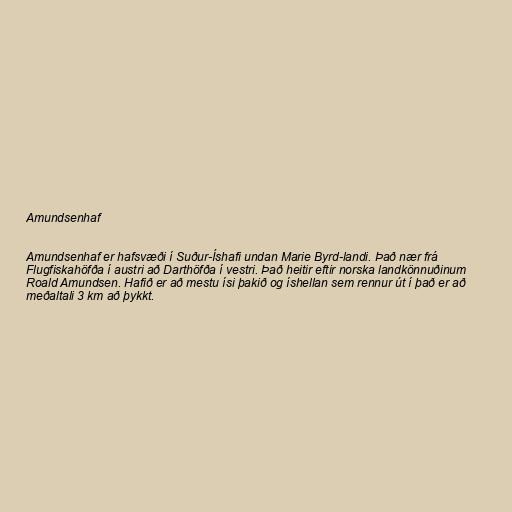
Amundsenhaf

Amundsenhaf er hafsvæði í Suður-Íshafi undan Marie Byrd-landi. Það nær frá
Flugfiskahöfða í austri að Darthöfða í vestri. Það heitir eftir norska landkönnuðinum
Roald Amundsen. Hafið er að mestu ísi þakið og íshellan sem rennur út í það er að
meðaltali 3 km að þykkt.